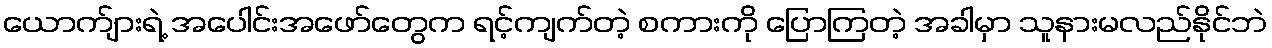
ယောက်ျားရဲ့ အပေါင်းအဖော်တွေက ရင့်ကျက်တဲ့ စကားကို ပြောကြတဲ့ အခါမှာ သူနားမလည်နိုင်ဘဲ